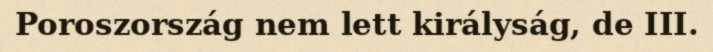
Poroszország nem lett királyság, de III.